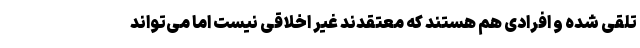
تلقی شده و افرادی هم هستند که معتقدند غیر اخلاقی نیست اما می‌تواند